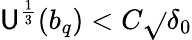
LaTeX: \mathsf{U}^{\frac{{1}}{{3}}}(b_{q})<C\sqrt{}{{\delta_{0}}}